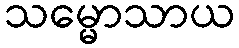
သမ္မောသာယ